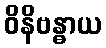
ဝိနိဗန္ဓာယ